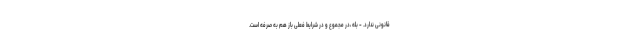
قانونی ندارد. - بله ،در مجموع و در شرایط فعلی باز هم به صرفه است.